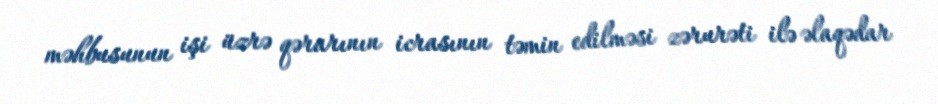
məhbusunun işi üzrə qərarının icrasının təmin edilməsi zərurəti ilə əlaqədar